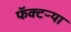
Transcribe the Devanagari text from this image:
फॅक्टऱ्या